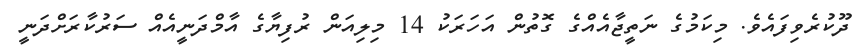
ދޫކުރެވިފައެވެ. މިކަމުގެ ނަތީޖާއެއްގެ ގޮތުން އަހަރަކު 14 މިލިއަން ރުފިޔާގެ އާމްދަނީއެއް ސަރުކާރަށްދަނީ